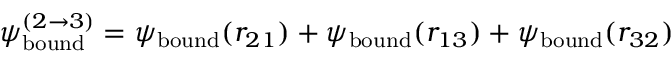
\psi _ { \mathrm { b o u n d } } ^ { ( 2 \rightarrow 3 ) } = \psi _ { \mathrm { b o u n d } } ( r _ { 2 1 } ) + \psi _ { \mathrm { b o u n d } } ( r _ { 1 3 } ) + \psi _ { \mathrm { b o u n d } } ( r _ { 3 2 } )